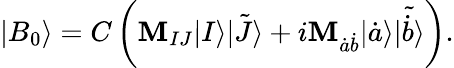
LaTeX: |B_{0}\rangle=C\left(\mathbf{M}_{IJ}|I\rangle\tilde{{|J\rangle}}+i\mathbf{M}_{\dot{{a}}\dot{{b}}}|\dot{{a}}\rangle\tilde{{|\dot{{b}}\rangle}}\right).